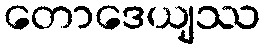
တောဒေယျဿ